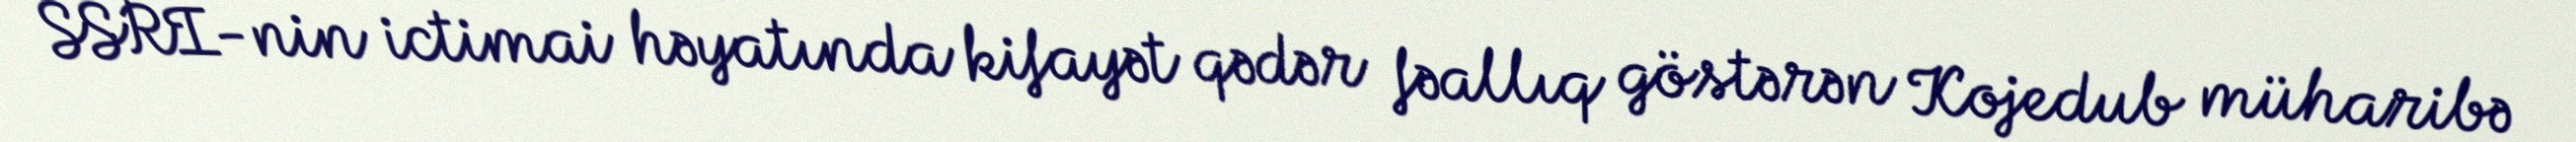
SSRİ-nin ictimai həyatında kifayət qədər fəallıq göstərən Kojedub müharibə